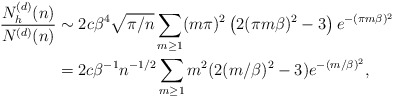
\begin{align*}\frac{N_h^{(d)}(n)}{N^{(d)}(n)} &\sim 2c\beta^4\sqrt{\pi/n} \sum_{m \geq 1} (m\pi)^2 \left(2(\pi m\beta)^2-3 \right) e^{-(\pi m\beta)^2} \\&= 2c\beta^{-1} n^{-1/2} \sum_{m \geq 1} m^2(2(m/\beta)^2 - 3) e^{-(m/\beta)^2},\end{align*}